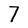
Character: 7